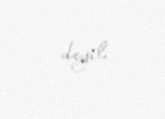
deyil.